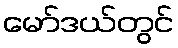
မော်ဒယ်တွင်